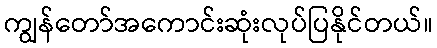
ကျွန်တော်အကောင်းဆုံးလုပ်ပြနိုင်တယ်။